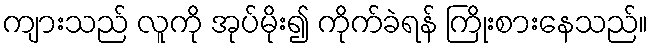
ကျားသည် လူကို အုပ်မိုး၍ ကိုက်ခဲရန် ကြိုးစားနေသည်။